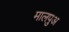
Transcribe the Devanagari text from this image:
मालपुअ